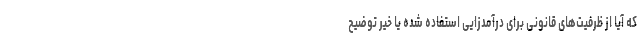
که آیا از ظرفیت‌های قانونی برای درآمدزایی استفاده شده یا خیر توضیح